Plague in India, 1896, 1897 - Volume 1
Year: 1896
Disease focus: Plague
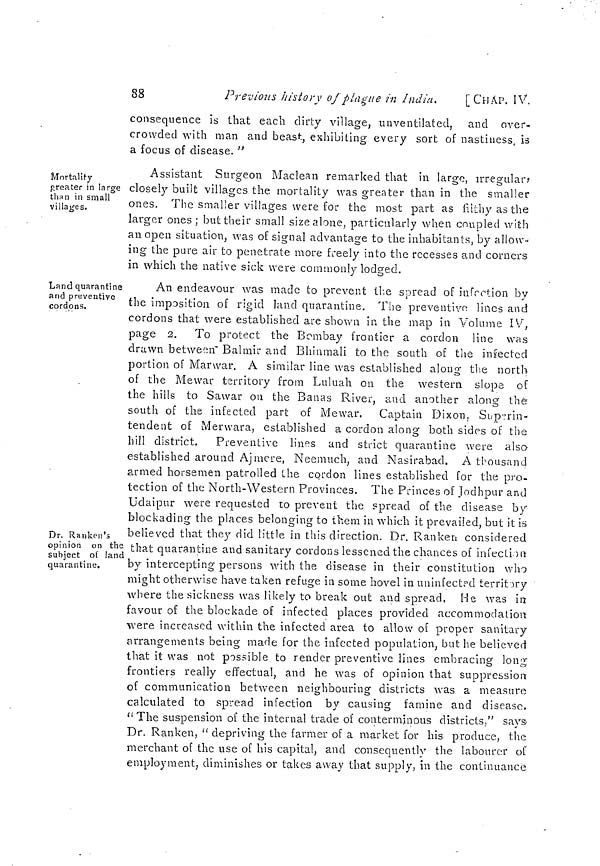
88
Previous history of plague in India.
[CHAP. IV.
consequence is that each dirty village, unventilated, and over-
crowded with man and beast, exhibiting every sort of nastiness, is
a focus of disease. "
Mortality
greater in large
than in small
villages.
Assistant Surgeon Maclean remarked that in large, irregular?
closely built villages the mortality was greater than in the smaller
ones. The smaller villages were for the most part as filthy as the
larger ones; but their small size alone, particularly when coupled with
an open situation, was of signal advantage to the inhabitants, by allow-
ing the pure air to penetrate more freely into the recesses and corners
in which the native sick were commonly lodged.
Land quarantine
and preventive
cordons.
Dr. Ranken's
opinion on the
subject of land
quarantine.
An endeavour was made to prevent the spread of infection by
the imposition of rigid land quarantine. The preventivo lines and
cordons that were established are shown in the map in Volume IV,
page 2. To protect the Bombay frontier a cordon line was
drawn between Balmir and Bhinmali to the south of the infected
portion of Marwar. A similar line was established along the north
of the Mewar territory from Luluah on the western slope of
the hills to Sawar on the Bañas River, and another along the
south of the infected part of Mewar. Captain Dixon, Superin-
tendent of Merwara, established a cordon along both sides of the
hill district. Preventive lines and strict quarantine were also
established around Ajmere, Neemuch, and Nasirabad. A thousand
armed horsemen patrolled the cordon lines established for the pro-
tection of the North-Western Provinces. The Princes of Jodhpur and
Udaipur were requested to prevent the spread of the disease by
blockading the places belonging to them in which it prevailed, but it is
believed that they did little in this direction. Dr. Ranken considered
that quarantine and sanitary cordons lessened the chances of infection
by intercepting persons with the disease in their constitution who
might otherwise have taken refuge in some hovel in uninfected territory
where the sickness was likely to break out and spread, He was in
favour of the blockade of infected places provided accommodation
were increased within the infected area to allow of proper sanitary
arrangements being made for the infected population, but he believed
that it was not possible to render preventive lines embracing long
frontiers really effectual, and he was of opinion that suppression
of communication between neighbouring districts was a measure
calculated to spread infection by causing famine and disease.
" The suspension of the internal trade of conterminous districts," saya
Dr. Ranken, " depriving the farmer of a market for his produce, the
merchant of the use of his capital, and consequently the labourer of
employment, diminishes or takes away that supply, in the continuance